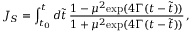
J _ { S } = \int _ { t _ { 0 } } ^ { t } d \tilde { t } \, { \frac { 1 - \mu ^ { 2 } \mathrm { e x p } ( 4 \Gamma ( t - \tilde { t } ) ) } { 1 + \mu ^ { 2 } \mathrm { e x p } ( 4 \Gamma ( t - \tilde { t } ) ) } } \, ,